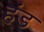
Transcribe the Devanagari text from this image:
हंड